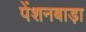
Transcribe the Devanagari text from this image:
पेंशनबाड़ा